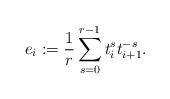
LaTeX: \begin{align*}e_i:=\dfrac{1}{r}\sum_{s=0}^{r-1}t_i^st_{i+1}^{-s}.\end{align*}